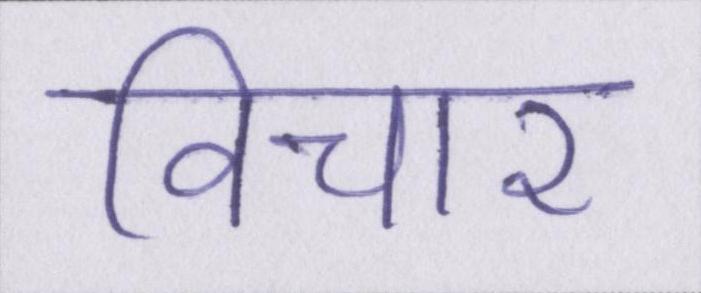
विचार